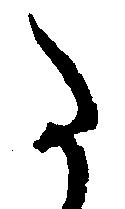
た